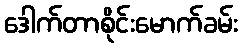
ဒေါက်တာစိုင်းမောက်ခမ်း